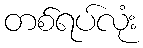
တစ်ရပ်လုံး